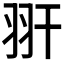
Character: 𦏹